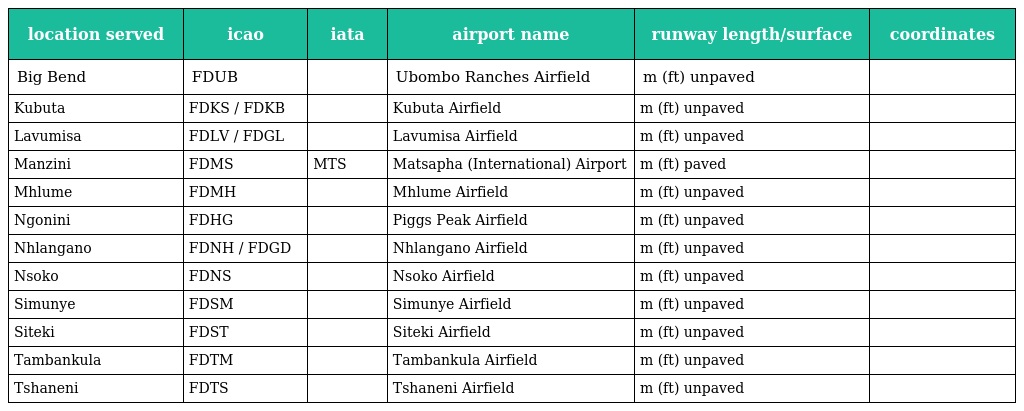
| location served | icao | iata | airport name | runway length/surface | coordinates |
 | --- | --- | --- | --- | --- | --- |
 | Big Bend | FDUB |  | Ubombo Ranches Airfield | m (ft) unpaved |  |
 | Kubuta | FDKS / FDKB |  | Kubuta Airfield | m (ft) unpaved |  |
 | Lavumisa | FDLV / FDGL |  | Lavumisa Airfield | m (ft) unpaved |  |
 | Manzini | FDMS | MTS | Matsapha (International) Airport | m (ft) paved |  |
 | Mhlume | FDMH |  | Mhlume Airfield | m (ft) unpaved |  |
 | Ngonini | FDHG |  | Piggs Peak Airfield | m (ft) unpaved |  |
 | Nhlangano | FDNH / FDGD |  | Nhlangano Airfield | m (ft) unpaved |  |
 | Nsoko | FDNS |  | Nsoko Airfield | m (ft) unpaved |  |
 | Simunye | FDSM |  | Simunye Airfield | m (ft) unpaved |  |
 | Siteki | FDST |  | Siteki Airfield | m (ft) unpaved |  |
 | Tambankula | FDTM |  | Tambankula Airfield | m (ft) unpaved |  |
 | Tshaneni | FDTS |  | Tshaneni Airfield | m (ft) unpaved |  |